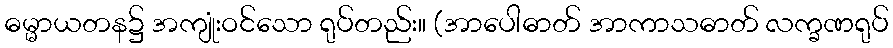
ဓမ္မာယတန၌ အကျုံးဝင်သော ရုပ်တည်း။ (အာပေါဓာတ် အာကာသဓာတ် လက္ခဏရုပ်